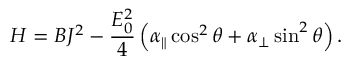
H = B J ^ { 2 } - \frac { E _ { 0 } ^ { 2 } } { 4 } \left( \alpha _ { \parallel } \cos ^ { 2 } \theta + \alpha _ { \perp } \sin ^ { 2 } \theta \right) .